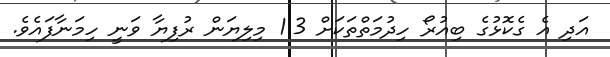
އަދި އެ ގެކޮޅުގެ ބިއުރޯ ހިދުމަތްތަކަށް 1.3 މިލިޔަން ރުފިޔާ ވަނީ ހިމަނާފައެވެ.